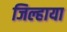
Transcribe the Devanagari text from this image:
जिल्हाया